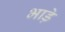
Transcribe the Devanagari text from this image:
भाडे़